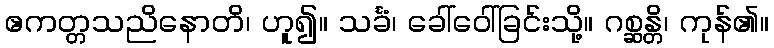
ဧကတ္တသညိနောတိ၊ ဟူ၍။ သင်္ခံ၊ ခေါ်ဝေါ်ခြင်းသို့။ ဂစ္ဆန္တိ၊ ကုန်၏။